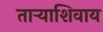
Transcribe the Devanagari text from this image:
ताऱ्याशिवाय